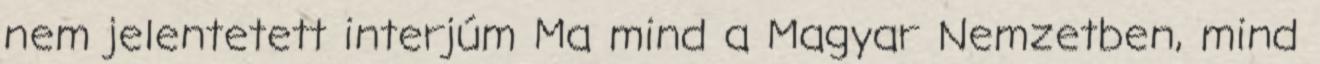
nem jelentetett interjúm Ma mind a Magyar Nemzetben, mind